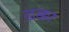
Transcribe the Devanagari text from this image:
ढक्का